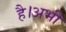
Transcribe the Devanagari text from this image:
है।अभी